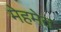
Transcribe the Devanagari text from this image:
मेहमेत